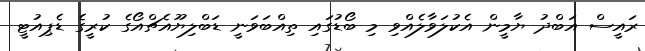
ރައީސް އަބްދު ޔާމީން އެކުލަވާލެއްވި މި ބޯޑުގައި ތިއްބަވަނީ ޑަބްލިޔޫއެޗްއޯގެ ކުރީގެ ޑެޕިއުޓީ